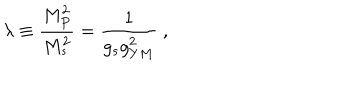
LaTeX: \lambda \equiv { { \frac { M _ { P } ^ { 2 } } { M _ { s } ^ { 2 } } } } = { \frac { 1 } { g _ { s } g _ { Y M } ^ { 2 } } } \ ,